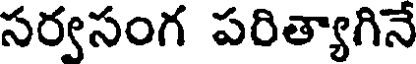
సర్వసంగ పరిత్యాగినే